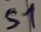
Text: S1